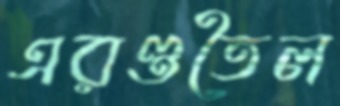
এরণ্ডতৈল